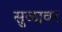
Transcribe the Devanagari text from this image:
सुळावर